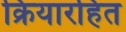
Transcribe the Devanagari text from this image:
क्रियारहित